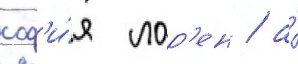
соф'и́я лор'ен / а́